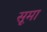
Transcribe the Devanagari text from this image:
सूमा